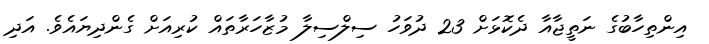
އިންތިހާބުގެ ނަތީޖާއާ ދެކޮޅަށް 23 ދުވަހު ސިލްސިލާ މުޒާހަރާތައް ކުރިއަށް ގެންދިޔައެވެ. އަދި